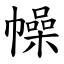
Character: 幧